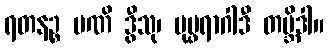
ရတနဉ္စ မဏိ ဒွီသု၊ ပုပ္ဖရာဂါဒီ တဗ္ဘိဒါ။